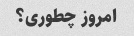
امروز چطوری؟